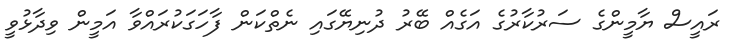
ރައީސް ޔާމީންގެ ސަރުކާރުގެ އަގެއް ބޭރު ދުނިޔޭގައި ނެތްކަން ފާހަގަކުރައްވާ އަމީން ވިދާޅުވީ